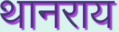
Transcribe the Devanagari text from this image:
थानराय